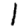
Digit: 1